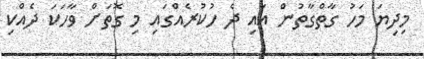
މިދިޔަ މަހު ގާތްގާތުން އައި ދެ ހުކުރެއްގައި މި ގޮތަށް ވާހަކަ ދެއްކި